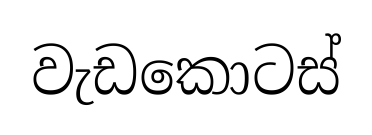
වැඩකොටස්